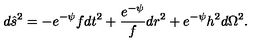
d \hat { s } ^ { 2 } = - e ^ { - \psi } f d t ^ { 2 } + \frac { e ^ { - \psi } } { f } d r ^ { 2 } + e ^ { - \psi } h ^ { 2 } d \Omega ^ { 2 } .